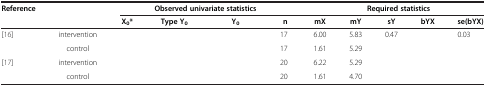
<table><thead><tr><td><b>Reference</b></td><td>[EMPTY_CELL]</td><td colspan="3"><b>Observed univariate statistics</b></td><td>[EMPTY_CELL]</td><td>[EMPTY_CELL]</td><td colspan="3"><b>Required statistics</b></td><td>[EMPTY_CELL]</td></tr><tr><td>[EMPTY_CELL]</td><td>[EMPTY_CELL]</td><td><b>X<sub>0</sub>*</b></td><td><b>Type Y<sub>0</sub></b></td><td><b>Y<sub>0</sub></b></td><td><b>n</b></td><td><b>mX</b></td><td><b>mY</b></td><td><b>sY</b></td><td><b>bYX</b></td><td><b>se(bYX)</b></td></tr></thead><tbody><tr><td>[16]</td><td>intervention</td><td>[EMPTY_CELL]</td><td>[EMPTY_CELL]</td><td>[EMPTY_CELL]</td><td>17</td><td>6.00</td><td>5.83</td><td>0.47</td><td>[EMPTY_CELL]</td><td>0.03</td></tr><tr><td>[EMPTY_CELL]</td><td>control</td><td>[EMPTY_CELL]</td><td>[EMPTY_CELL]</td><td>[EMPTY_CELL]</td><td>17</td><td>1.61</td><td>5.29</td><td>[EMPTY_CELL]</td><td>[EMPTY_CELL]</td><td>[EMPTY_CELL]</td></tr><tr><td>[17]</td><td>intervention</td><td>[EMPTY_CELL]</td><td>[EMPTY_CELL]</td><td>[EMPTY_CELL]</td><td>20</td><td>6.22</td><td>5.29</td><td>[EMPTY_CELL]</td><td>[EMPTY_CELL]</td><td>[EMPTY_CELL]</td></tr><tr><td>[EMPTY_CELL]</td><td>control</td><td>[EMPTY_CELL]</td><td>[EMPTY_CELL]</td><td>[EMPTY_CELL]</td><td>20</td><td>1.61</td><td>4.70</td><td>[EMPTY_CELL]</td><td>[EMPTY_CELL]</td><td>[EMPTY_CELL]</td></tr></tbody></table>